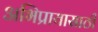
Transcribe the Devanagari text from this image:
अभिप्रायासाठी